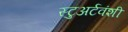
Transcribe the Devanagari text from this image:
स्टुअर्टवंशी